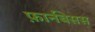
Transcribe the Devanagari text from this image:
फ़ार्नबेसस